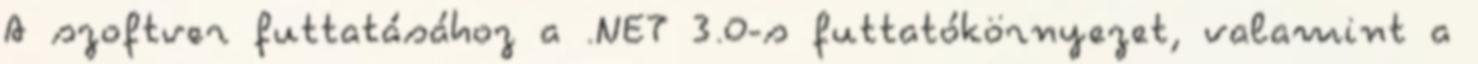
A szoftver futtatásához a .NET 3.0-s futtatókörnyezet, valamint a